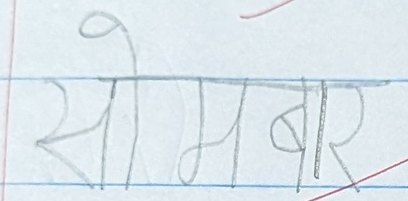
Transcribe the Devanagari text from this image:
सोमबार